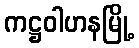
ကဋ္ဌဝါဟနမြို့